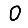
Digit: 0